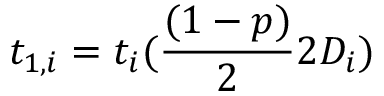
t _ { 1 , i } = t _ { i } ( \frac { ( 1 - p ) } { 2 } 2 D _ { i } )